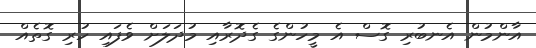
އާންމުން އެނބުރި ގޮސް އެ މީހުންގެ ގެދޮރާއި މުދަލަށް ވެފައި ހުރި ގޮތެއް